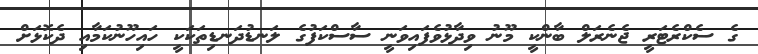
ގެ ސެކްރެޓަރީ ޖެނެރަލް ބާންކީ މޫނު ވިދާޅުވެފައިވަނީ ސާސްކަފުގެ ލަނޑުދަނޑިތަކަކީ ހައިހޫނުކަމާއި ދެކޮޅަށް